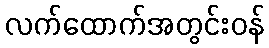
လက်ထောက်အတွင်းဝန်